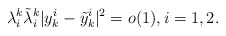
\begin{align*}\lambda^k_i\tilde{\lambda}^k_i|y_k^i - \tilde{y}_k^i|^2 = o(1), i = 1, 2.\end{align*}